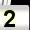
Digit: 2